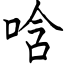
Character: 唅